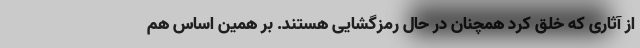
از آثاری که خلق کرد همچنان در حال رمزگشایی هستند. بر همین اساس هم